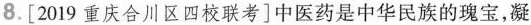
8. [2019 重庆合川区四校联考]中医药是中华民族的瑰宝，凝